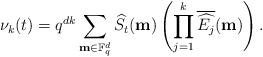
LaTeX: \begin{align*}\nu_k(t)= q^{dk} \sum_{{\bf m}\in \mathbb F_q^d} \widehat{S_t}({\bf m}) \left( \prod_{j=1}^k \overline{\widehat{E_j}}({\bf m})\right). \end{align*}